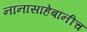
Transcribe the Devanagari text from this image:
नानासाहेबांनीच